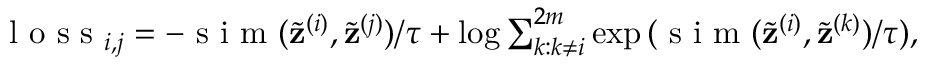
\begin{array} { r } { \mathrm { ~ l ~ o ~ s ~ s ~ } _ { i , j } = - \mathrm { ~ s ~ i ~ m ~ } ( \tilde { \mathbf { z } } ^ { ( i ) } , \tilde { \mathbf { z } } ^ { ( j ) } ) / \tau + \log { \sum _ { k : k \neq i } ^ { 2 m } } \exp { ( \mathrm { ~ s ~ i ~ m ~ } ( \tilde { \mathbf { z } } ^ { ( i ) } , \tilde { \mathbf { z } } ^ { ( k ) } ) / \tau ) } , } \end{array}